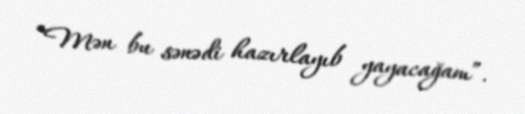
“Mən bu sənədi hazırlayıb yayacağam”.